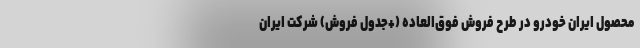
محصول ایران‌ خودرو در طرح فروش فوق‌العاده (+جدول فروش) شرکت ایران‌